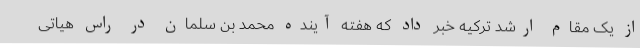
از یک مقام ارشد ترکیه خبر داد که هفته آینده محمد بن سلمان در راس هیاتی